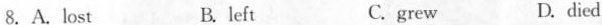
8.A.Lost B.left C.grew D.died